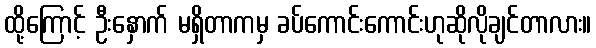
ထို့ကြောင့် ဦးနှောက် မရှိတာကမှ ခပ်ကောင်းကောင်းဟုဆိုလိုချင်တာလား။